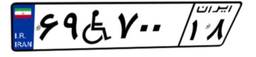
۶۹W۷۰۰۱۸